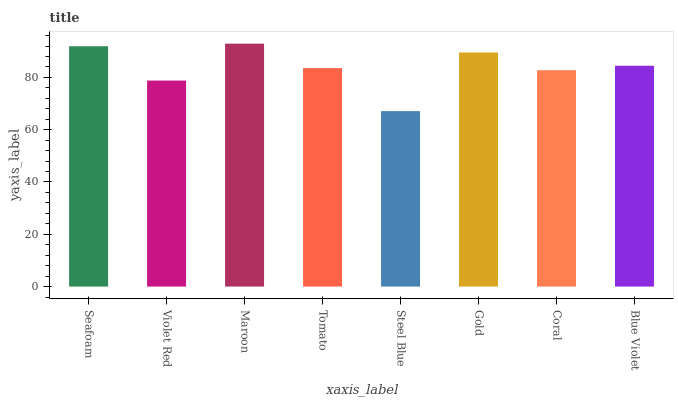
| xaxis_label | bars |
 | --- | --- |
 | Seafoam | 91.9 |
 | Violet Red | 78.8 |
 | Maroon | 92.9 |
 | Tomato | 83.6 |
 | Steel Blue | 67.1 |
 | Gold | 89.5 |
 | Coral | 82.8 |
 | Blue Violet | 84.5 |